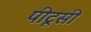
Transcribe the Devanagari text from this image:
पीटूसी